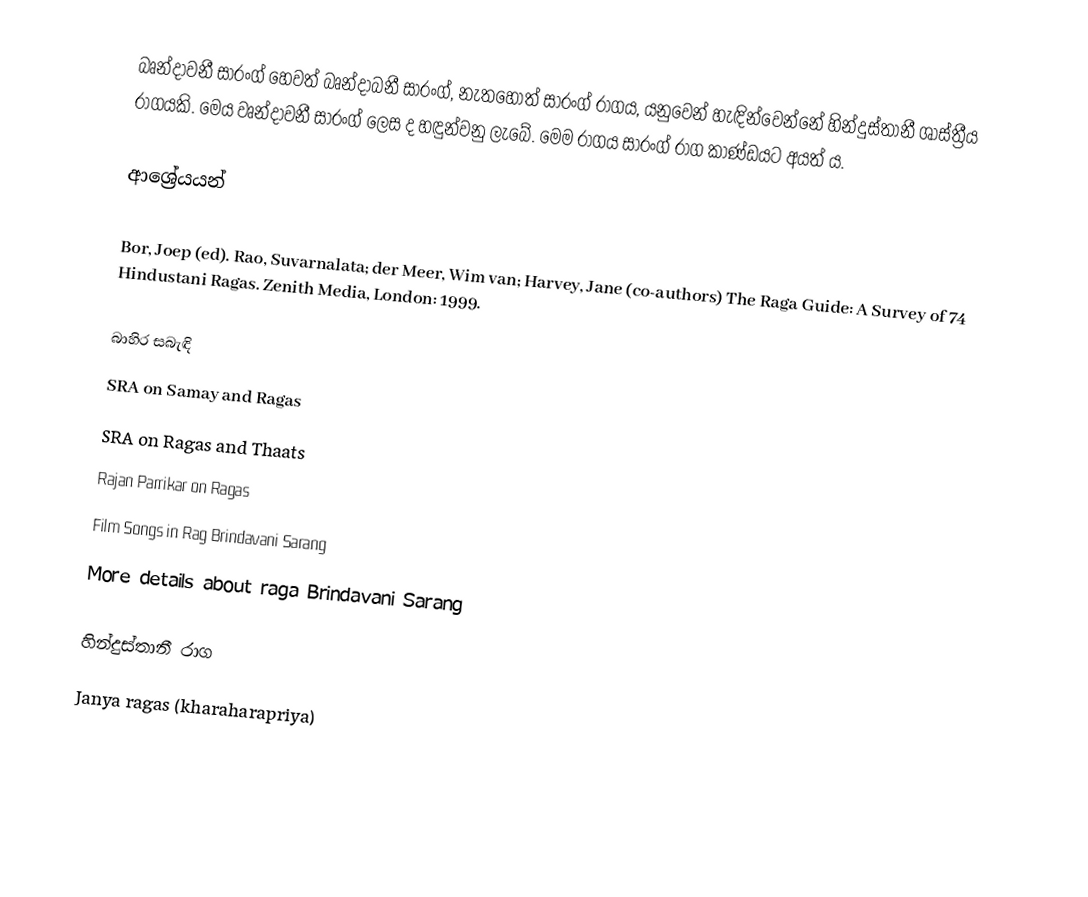
බෘන්දාවනී සාරංග් හෙවත් බෘන්දාබනී සාරංග්,  නැතහොත් සාරංග් රාගය, යනුවෙන් හැඳින්වෙන්නේ හින්දුස්තානී ශාස්ත්‍රීය රාගයකි. මෙය වෘන්දාවනී සාරංග් ලෙස ද හඳුන්වනු ලැබේ. මෙම රාගය සාරංග් රාග කාණ්ඩයට අයත් ය.

ආශ්‍රේයයන්

Bor, Joep (ed). Rao, Suvarnalata; der Meer, Wim van; Harvey, Jane (co-authors) The Raga Guide: A Survey of 74 Hindustani Ragas. Zenith Media, London: 1999.

බාහිර සබැඳි
 SRA on Samay and Ragas
 SRA on Ragas and Thaats
 Rajan Parrikar on Ragas
 Film Songs in Rag Brindavani Sarang
 More details about raga Brindavani Sarang

හින්දුස්තානී රාග
Janya ragas (kharaharapriya)